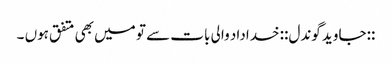
::جاوید گوندل:: خداداد والی بات سے تو میں‌ بھی متفق ہوں ۔